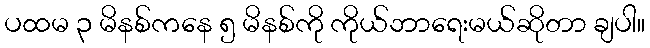
ပထမ ၃ မိနစ်ကနေ ၅ မိနစ်ကို ကိုယ်ဘာရေးမယ်ဆိုတာ ချပါ။